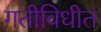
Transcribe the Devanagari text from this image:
गतीविधीत